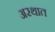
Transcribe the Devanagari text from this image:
अरथात